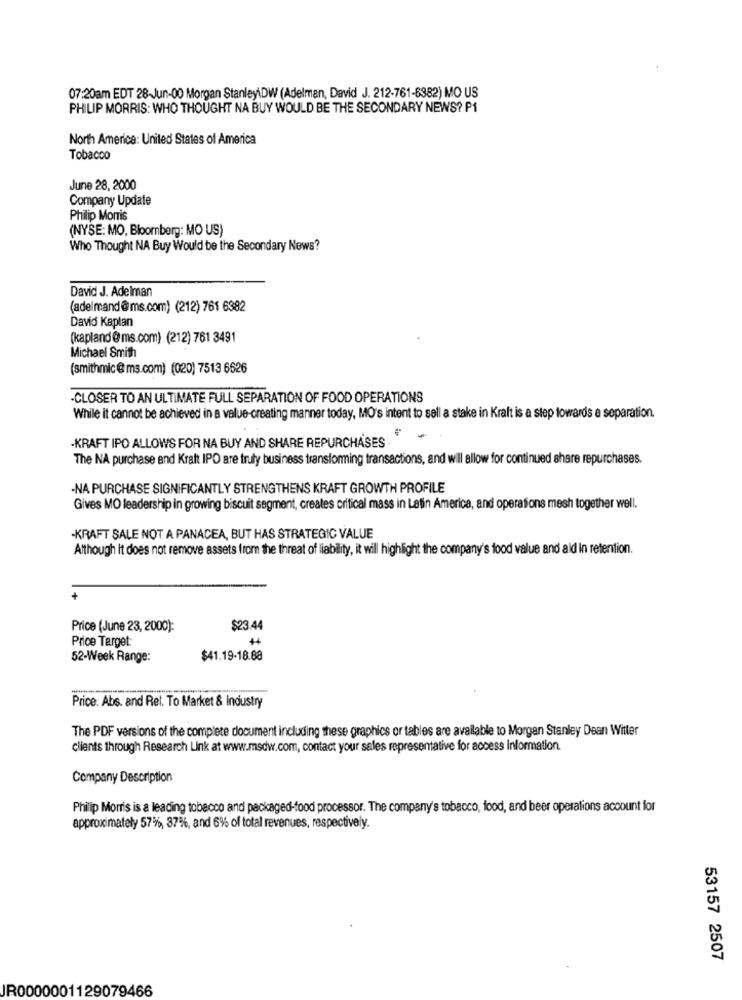
07:20am EDT 28-Jun-00 Morgan Stanley\DW (Adelman, David J. 212-761-6382) MO US
PHILIP MORRIS: WHO THOUGHT NA BUY WOULD BE THE SECONDARY NEWS? PI
North America: United States of America
Tobacco
June 28, 2000
Company Update
Philip Morris
(NYSE: MO, Bloomberg: MO US)
Who Thought NA Buy Would be the Secondary News?
David J. Adelman
(adelmand @ms.com) (212) 761 6382
David Kapłan
(kapland @ms.com) (212) 761 3491
Michael Smith
(smithmic@ms.com) (020) 7513 6626
-CLOSER TO AN ULTIMATE FULL SEPARATION OF FOOD OPERATIONS
While it cannot be achieved in a value-creating manner today, MO's intent to sell a stake in Kraft is a step towards a separation.
-KRAFT IPO ALLOWS FOR NA BUY AND SHARE REPURCHASES
The NA purchase and Kraft IPO are truly business transforming transactions, and will allow for continued share repurchases.
-NA PURCHASE SIGNIFICANTLY STRENGTHENS KRAFT GROWTH PROFILE
Gives MO leadership in growing biscuit segment, creates critical mass in Latin America, and operations mesh together well.
-KRAFT SALE NOT A PANACEA, BUT HAS STRATEGIC VALUE
Although it does not remove assets from the threat of liability, it will highlight the company's food value and ald In retention.
Price (June 23, 2000):
$23.44
Price Target
44
52-Week Range:
$41.19-18.88
Price: Abs. and Rel. To Market & Industry
The PDF versions of the complete document including these graphics or tables are available to Morgan Stanley Dean Witter
clients through Research Link at www.msdw.com, contact your sales representative for access Information.
Company Description
Philip Morris is a leading tobacco and packaged-food processor. The company's tobacco, food, and beer operations account for
approximately 57%, 37%, and 6% of total revenues, respectively.
53157 2507
JR0000001129079466